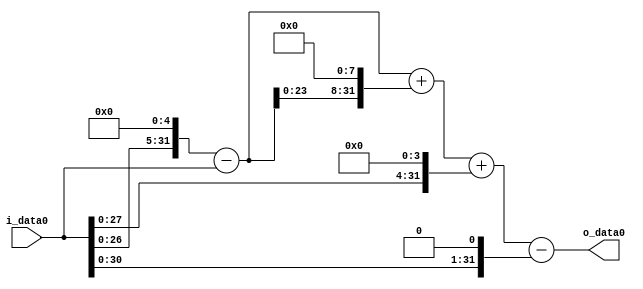
module multiplier_block (
    i_data0,
    o_data0
);

  // Port mode declarations:
  input   [31:0] i_data0;
  output  [31:0]
    o_data0;

  //Multipliers:

  wire [31:0]
    w1,
    w32,
    w31,
    w7936,
    w7967,
    w16,
    w7983,
    w2,
    w7981;

  assign w1 = i_data0;
  assign w16 = w1 << 4;
  assign w2 = w1 << 1;
  assign w31 = w32 - w1;
  assign w32 = w1 << 5;
  assign w7936 = w31 << 8;
  assign w7967 = w31 + w7936;
  assign w7981 = w7983 - w2;
  assign w7983 = w7967 + w16;

  assign o_data0 = w7981;

  //multiplier_block area estimate = 7298.12158343824;
endmodule